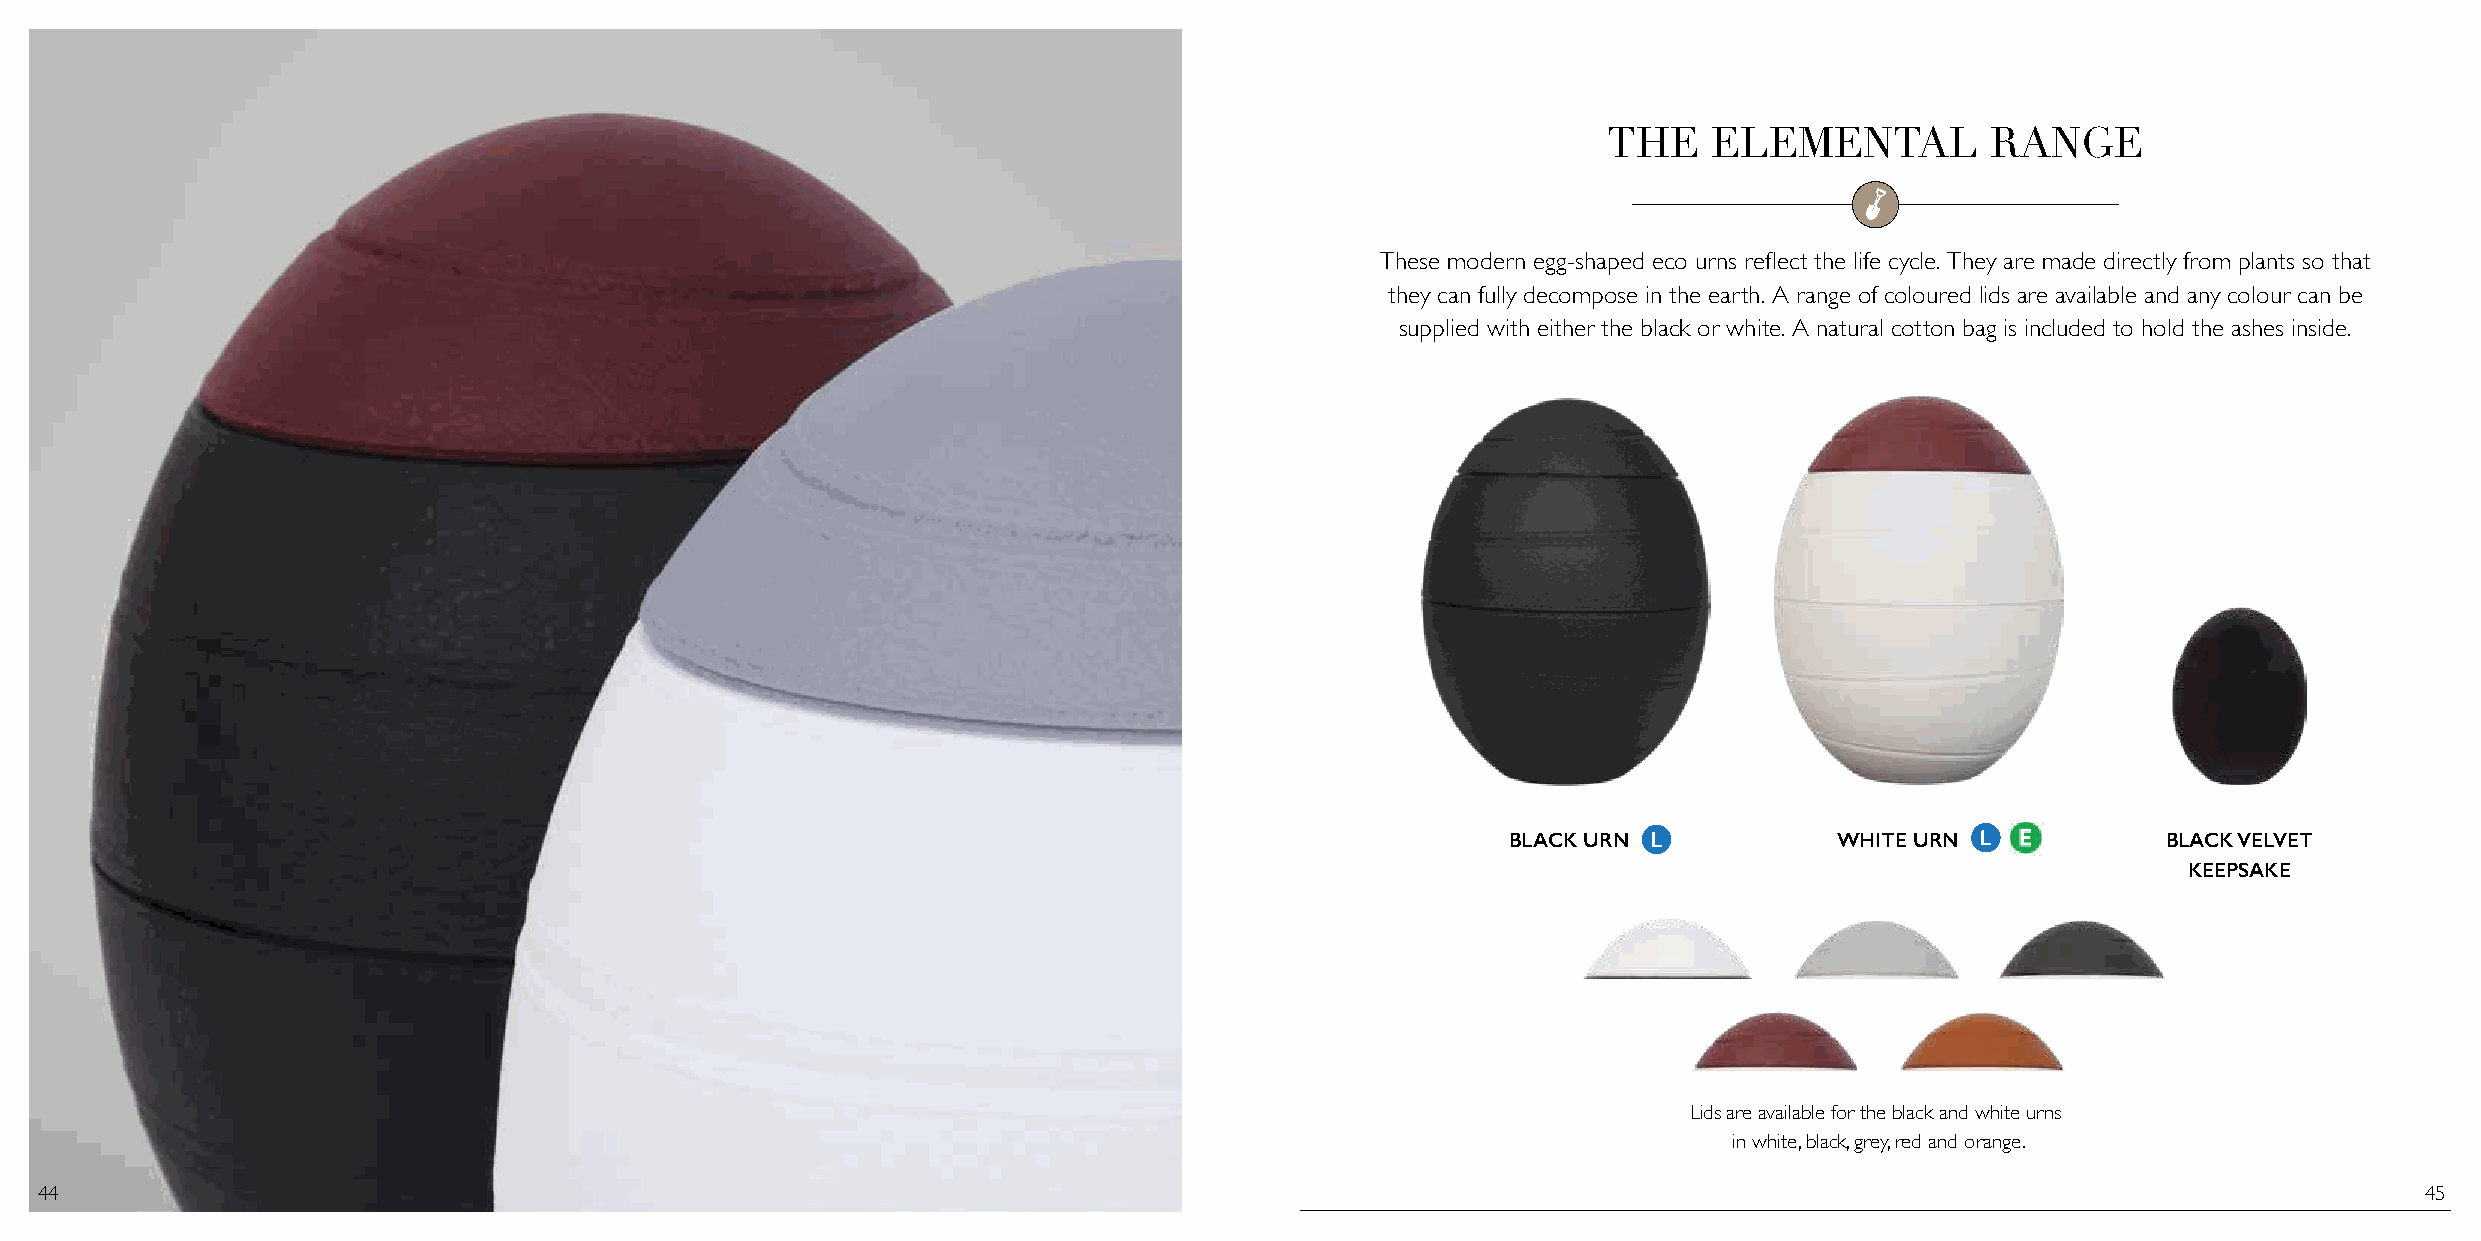
THE    ELEMENTAL          RANGE
 These modern egg-shaped eco urns reflect the life cycle. They are made directly from plants so that
 they can fully decompose in the earth. A range of coloured lids are available and any colour can be
 supplied with either the black or white. A natural cotton bag is included to hold the ashes inside.
 BLACK URN             WHITE URN            BLACK VELVET
 KEEPSAKE
 Lids are available for the black and white urns
 in white, black, grey, red and orange.
 44                                                                                                                                                            45